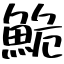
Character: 鮠